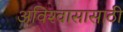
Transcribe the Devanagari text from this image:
अविश्‍वासासाठी